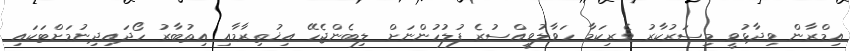
އިމްރާން ވިދާޅުވީ މިސަރުކާރު ވެރިކަމާ ހަވާލުވީއްސުރެ ފުލުހުންނަށް ލިބެންޖެހޭ އިޚުތިރާމާއި އިތުބާރު ހޯދައިދިނުމަށްޓަކައި